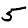
Digit: 5